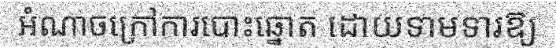
អំណាចក្រៅការបោះឆ្នោត ដោយទាមទារឱ្យ